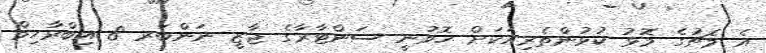
އެ މެޗުގެ މޮޅު ކުޅުންތެރިއަކަށް ހޮވުނީ ސަންޓާރާގެ ޖާޒީ ނަންބަރ 8 އިބްރާހިމް